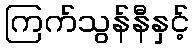
ကြက်သွန်နီနှင့်